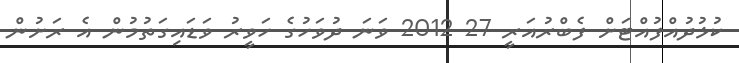
ކުޅުދުއްފުއްޓަށް ފެބްރުއަރީ 27 2012 ވަނަ ދުވަހުގެ ހަވީރު ވަޑައިގަތުމުން އެ ރަށުން